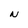
Character: N